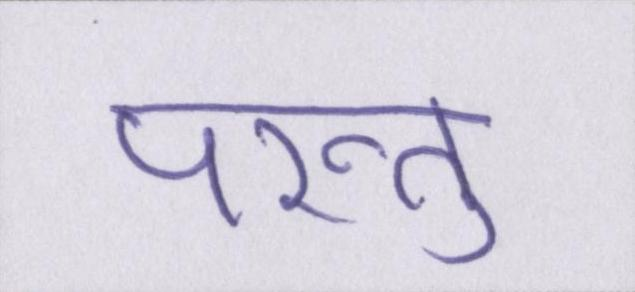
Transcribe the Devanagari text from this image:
परन्तु